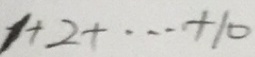
1 + 2 + \cdots + 1 0